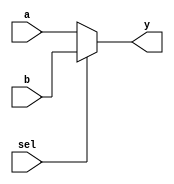
`timescale 1ns / 1ps
//////////////////////////////////////////////////////////////////////////////////
// Module Name: xup_2_to_1_mux_vector
//////////////////////////////////////////////////////////////////////////////////
module xup_2_to_1_mux_vector #(parameter SIZE = 4 , DELAY = 3)(
   input [SIZE-1:0] a,
   input [SIZE-1:0] b,
   input sel,
   output [SIZE-1:0] y
   );
   
   assign #DELAY y[SIZE-1:0] = sel?b[SIZE-1:0] :a[SIZE-1:0];
       
endmodule